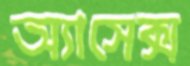
অ্যাসেক্স